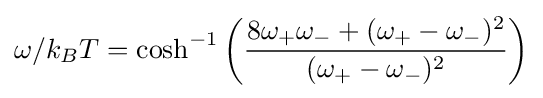
\omega /k_{B}T=\cosh ^{-1}\left({\frac {8\omega _{+}\omega _{-}+(\omega _{+}-\omega _{-})^{2}}{(\omega _{+}-\omega _{-})^{2}}}\right)